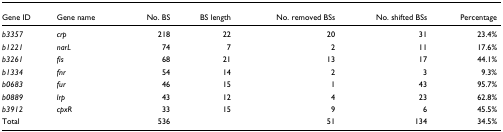
<table><thead><tr><td><b>Gene ID</b></td><td><b>Gene name</b></td><td><b>No. BS</b></td><td><b>BS length</b></td><td><b>No. removed BSs</b></td><td><b>No. shifted BSs</b></td><td><b>Percentage</b></td></tr></thead><tbody><tr><td><i>b3357</i></td><td><i>crp</i></td><td>218</td><td>22</td><td>20</td><td>31</td><td>23.4%</td></tr><tr><td><i>b1221</i></td><td><i>narL</i></td><td>74</td><td>7</td><td>2</td><td>11</td><td>17.6%</td></tr><tr><td><i>b3261</i></td><td><i>fis</i></td><td>68</td><td>21</td><td>13</td><td>17</td><td>44.1%</td></tr><tr><td><i>b1334</i></td><td><i>fnr</i></td><td>54</td><td>14</td><td>2</td><td>3</td><td>9.3%</td></tr><tr><td><i>b0683</i></td><td><i>fur</i></td><td>46</td><td>15</td><td>1</td><td>43</td><td>95.7%</td></tr><tr><td><i>b0889</i></td><td><i>lrp</i></td><td>43</td><td>12</td><td>4</td><td>23</td><td>62.8%</td></tr><tr><td><i>b3912</i></td><td><i>cpxR</i></td><td>33</td><td>15</td><td>9</td><td>6</td><td>45.5%</td></tr><tr><td>Total</td><td></td><td>536</td><td></td><td>51</td><td>134</td><td>34.5%</td></tr></tbody></table>